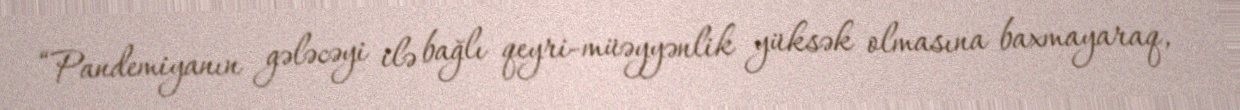
“Pandemiyanın gələcəyi ilə bağlı qeyri-müəyyənlik yüksək olmasına baxmayaraq,